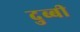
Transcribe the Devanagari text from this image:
दुब्बी